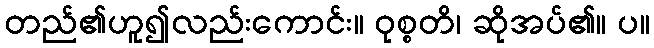
တည်၏ဟူ၍လည်းကောင်း။ ဝုစ္စတိ၊ ဆိုအပ်၏။ ပ။